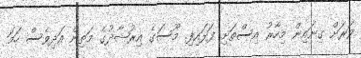
ވަރަށް ގިނައިން މިހާރު އިސްތަށި ފަޅައިފި. މޫސަގެ އިރުޝާދުގެ މަތިން އަދިވެސް ހަމަ